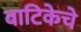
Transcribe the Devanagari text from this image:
वाटिकेचे